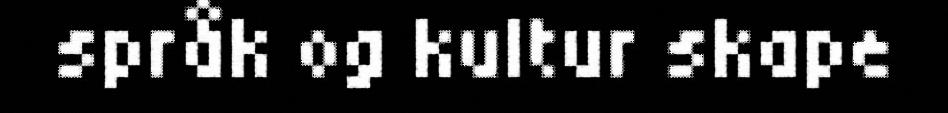
språk og kultur skape